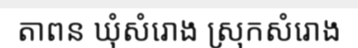
តាពន ឃុំសំរោង ស្រុកសំរោង